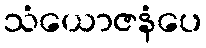
သံယောဇနံပေ